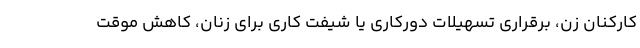
کارکنان زن، برقراری تسهیلات دورکاری یا شیفت کاری برای زنان، کاهش موقت